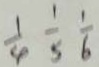
\frac { 1 } { 4 } \frac { 1 } { 5 } \frac { 1 } { 6 }